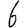
Digit: 6